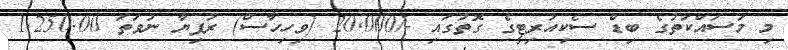
މި މަސައްކަތުގެ ބިޑް ސެކިއުރިޓީގެ ގޮތުގައި -/20